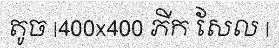
តូច |400x400 ភីក សែល |